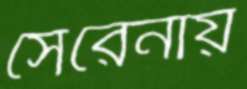
সেরেনায়